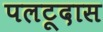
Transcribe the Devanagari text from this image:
पलटूदास